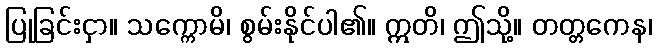
ပြုခြင်းငှာ။ သက္ကောမိ၊ စွမ်းနိုင်ပါ၏။ ဣတိ၊ ဤသို့။ တတ္တကေန၊